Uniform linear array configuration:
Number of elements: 8
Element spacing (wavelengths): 0.75
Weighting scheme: kaiser
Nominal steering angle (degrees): -30
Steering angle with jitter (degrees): -30.976
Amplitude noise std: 0.05
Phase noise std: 0.05

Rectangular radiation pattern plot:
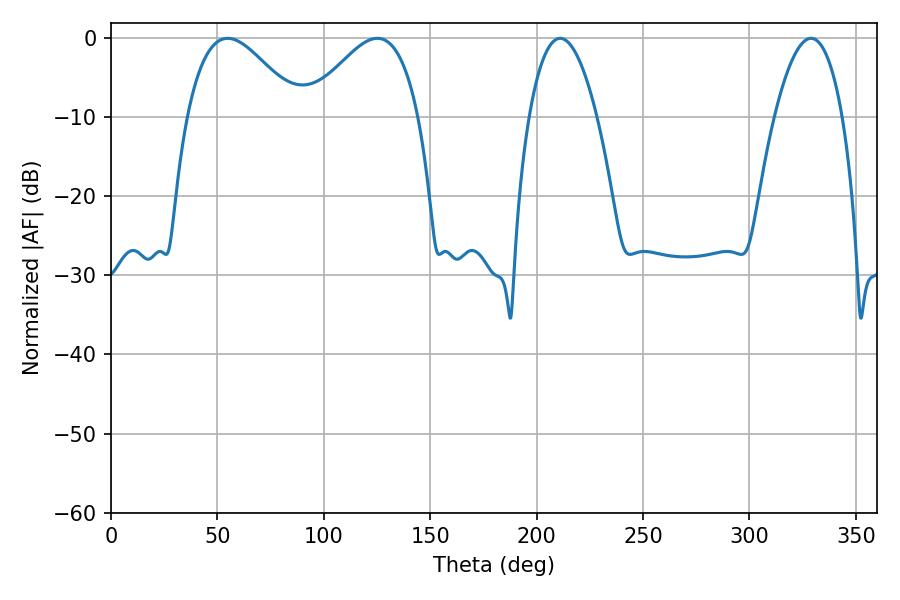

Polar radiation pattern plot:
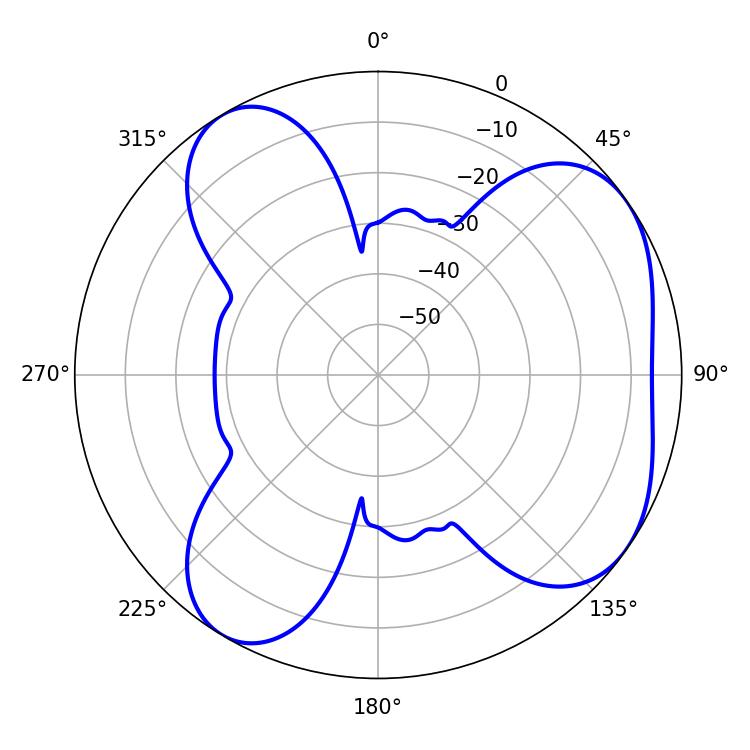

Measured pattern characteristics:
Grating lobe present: TRUE
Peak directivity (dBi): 5.411
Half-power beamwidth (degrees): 28.26
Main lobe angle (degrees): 54.9